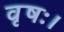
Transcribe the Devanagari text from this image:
वृषः।